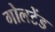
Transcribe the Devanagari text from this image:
गोलटेंड